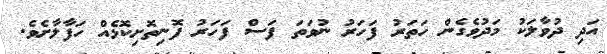
އަދި ދުވާލަކު މަދުވެގެން ހަތަރު ފަހަރު ނުވަތަ ފަސް ފަހަރު ފޮނިތޮށިކޮޅެއް ހަފާލާށެވެ.